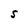
Character: S